Senior Leaving Certificate Examination (including Day School Certificate (Higher) General paper), 1949
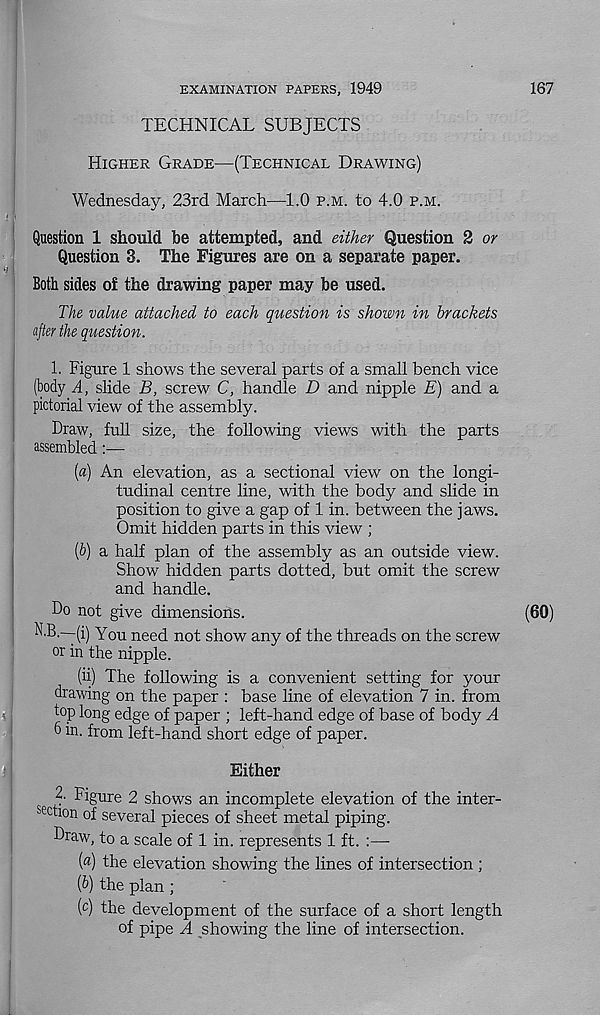
EXAMINATION PAPERS, 1949
167
TECHNICAL SUBJECTS
Higher Grade—(Technical Drawing)
Wednesday, 23rd March—1.0 p.m. to 4.0 p.m.
Question 1 should be attempted, and either Question 2 or
Question 3. The Figures are on a separate paper.
Both sides of the drawing paper may be used.
The value attached to each question is shown in brackets
after the question.
1. Figure 1 shows the several parts of a small bench vice
(body A, slide B, screw C, handle D and nipple E) and a
pictorial view of the assembly.
Draw, full size, the following views with the parts
assembled:—
(a) An elevation, as a sectional view on the longi-
tudinal centre line, with the body and slide in
position to give a gap of 1 in. between the jaws.
Omit hidden parts in this view ;
(b) a half plan of the assembly as an outside view.
Show hidden parts dotted, but omit the screw
and handle.
Do not give dimensions.
N.B.-—(i) You need not show any of the threads on the screw
or in the nipple.
(ii) The following is a convenient setting for your
drawing on the paper : base line of elevation 7 in. from
fop long edge of paper ; left-hand edge of base of body A
6 in. from left-hand short edge of paper.
Either
2. Figure 2 shows an incomplete elevation of the inter-
action of several pieces of sheet metal piping.
Draw, to a scale of 1 in. represents 1 ft. :—■
(«) the elevation showing the lines of intersection ;
(&) the plan;
( c ) the development of the surface of a short length
of pipe A showing the line of intersection.
(60)